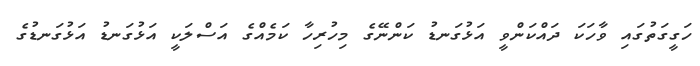
ހަގީގަތުގައި ވާހަކަ ދައްކަންވީ އަޅުގަނޑު ކަންނޭގެ މިހުރިހާ ކަމެއްގެ އަސްލަކީ އަޅުގަނޑު އަޅުގަނޑުގެ